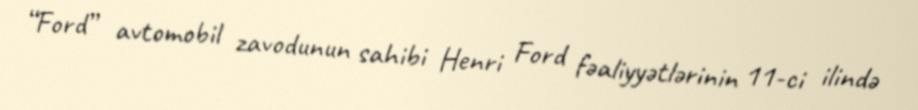
“Ford” avtomobil zavodunun sahibi Henri Ford fəaliyyətlərinin 11-ci ilində